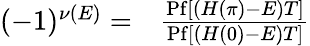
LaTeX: \begin{array}{rl}{(-1)^{\nu(E)}=}&{{}\frac{\mathrm{Pf}[(H(\pi)-E)T]}{\mathrm{Pf}[(H(0)-E)T]}}\end{array}